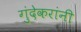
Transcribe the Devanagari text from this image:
गुंदेकरांनी